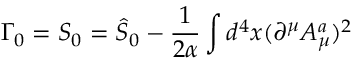
\Gamma _ { 0 } = S _ { 0 } = \hat { S } _ { 0 } - \frac 1 { 2 \alpha } \int d ^ { 4 } x ( \partial ^ { \mu } A _ { \mu } ^ { a } ) ^ { 2 }